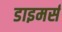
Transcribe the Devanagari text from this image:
डाइमर्स